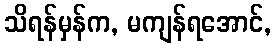
သိရန်မှန်က, မကျန်ရအောင်,